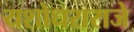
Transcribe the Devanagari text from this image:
यशोधराराजे